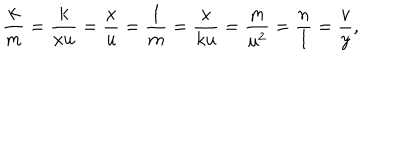
LaTeX: \frac k m = \frac k { x u } = \frac x u = \frac 1 m = \frac x { k u } = \frac m { u ^ { 2 } } = \frac n l = \frac v y ,